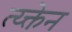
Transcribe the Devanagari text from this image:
त्य्क्तेन